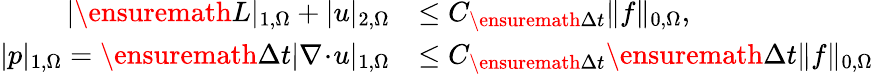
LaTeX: \begin{array}{rl}{|\ensuremath{L}|_{1,\Omega}+|u|_{2,\Omega}}&{\le C_{\ensuremath{\Delta t}}\| f\| _{0,\Omega},}\\ {|p|_{1,\Omega}={\ensuremath{\Delta t}}|\nabla\! \cdot\! u|_{1,\Omega}}&{\le C_{\ensuremath{\Delta t}}{\ensuremath{\Delta t}}\| f\| _{0,\Omega}}\end{array}